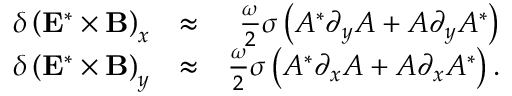
\begin{array} { r l r } { \delta \left( { \bf E } ^ { * } \times { \bf B } \right) _ { x } } & { \approx } & { \frac { \omega } { 2 } \sigma \left( A ^ { * } \partial _ { y } A + A \partial _ { y } A ^ { * } \right) } \\ { \delta \left( { \bf E } ^ { * } \times { \bf B } \right) _ { y } } & { \approx } & { \frac { \omega } { 2 } \sigma \left( A ^ { * } \partial _ { x } A + A \partial _ { x } A ^ { * } \right) . } \end{array}